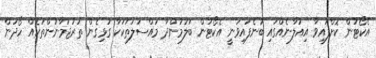
އެކޯޓުން ކޮށްފައިވާ އިއުލާނެއްގައި ބުނެފައިވަނީ އެކޯޓުން ބަލަމުންދާ މައްސަލަތަކަކާ ގުޅިގެން ތަރުޖަމާނުންތަކެއް ހޯދަން